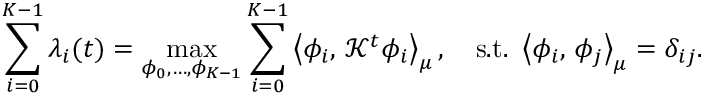
\sum _ { i = 0 } ^ { K - 1 } \lambda _ { i } ( t ) = \operatorname* { m a x } _ { \phi _ { 0 } , \ldots , \phi _ { K - 1 } } \sum _ { i = 0 } ^ { K - 1 } \left\langle \phi _ { i } , \, \mathcal { K } ^ { t } \phi _ { i } \right\rangle _ { \mu } , \quad \mathrm { s . t . ~ } \left\langle \phi _ { i } , \, \phi _ { j } \right\rangle _ { \mu } = \delta _ { i j } .